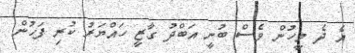
އެ ދެ މީހުން ވެސް ބުނީ އަބްދު ގާޒީ ހައްޔަރު ކުރި ފަހުން